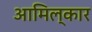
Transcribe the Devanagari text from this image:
आमिल्कार